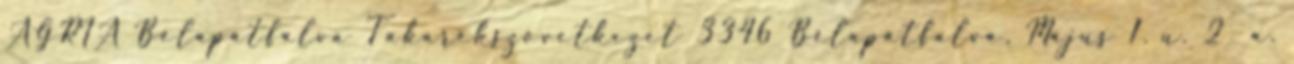
AGRIA Bélapátfalva Takarékszövetkezet 3346 Bélapátfalva, Május 1. u. 2 a.